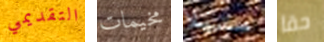
التقديمي مخيمات ستيلا حقا